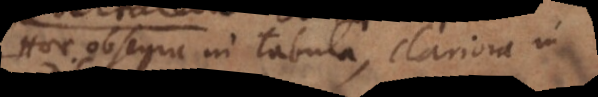
Haec obscura in tabula, clariora in